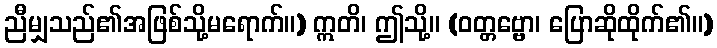
ညီမျှသည်၏အဖြစ်သို့မရောက်။) ဣတိ၊ ဤသို့။ (ဝတ္တဗ္ဗော၊ ပြောဆိုထိုက်၏။)